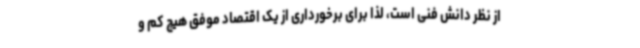
از نظر دانش فنی است، لذا برای برخورداری از یک اقتصاد موفق هیچ کم و